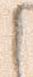
之